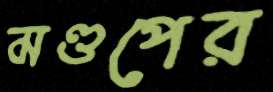
মণ্ডপের